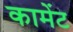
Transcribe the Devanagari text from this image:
कामेंट